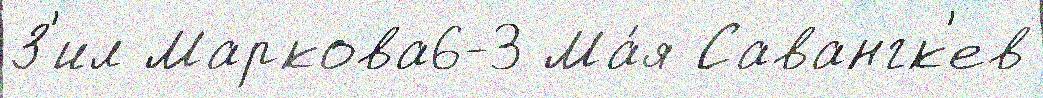
З'ил Маркова6-3 Ма́я Савангк'ев